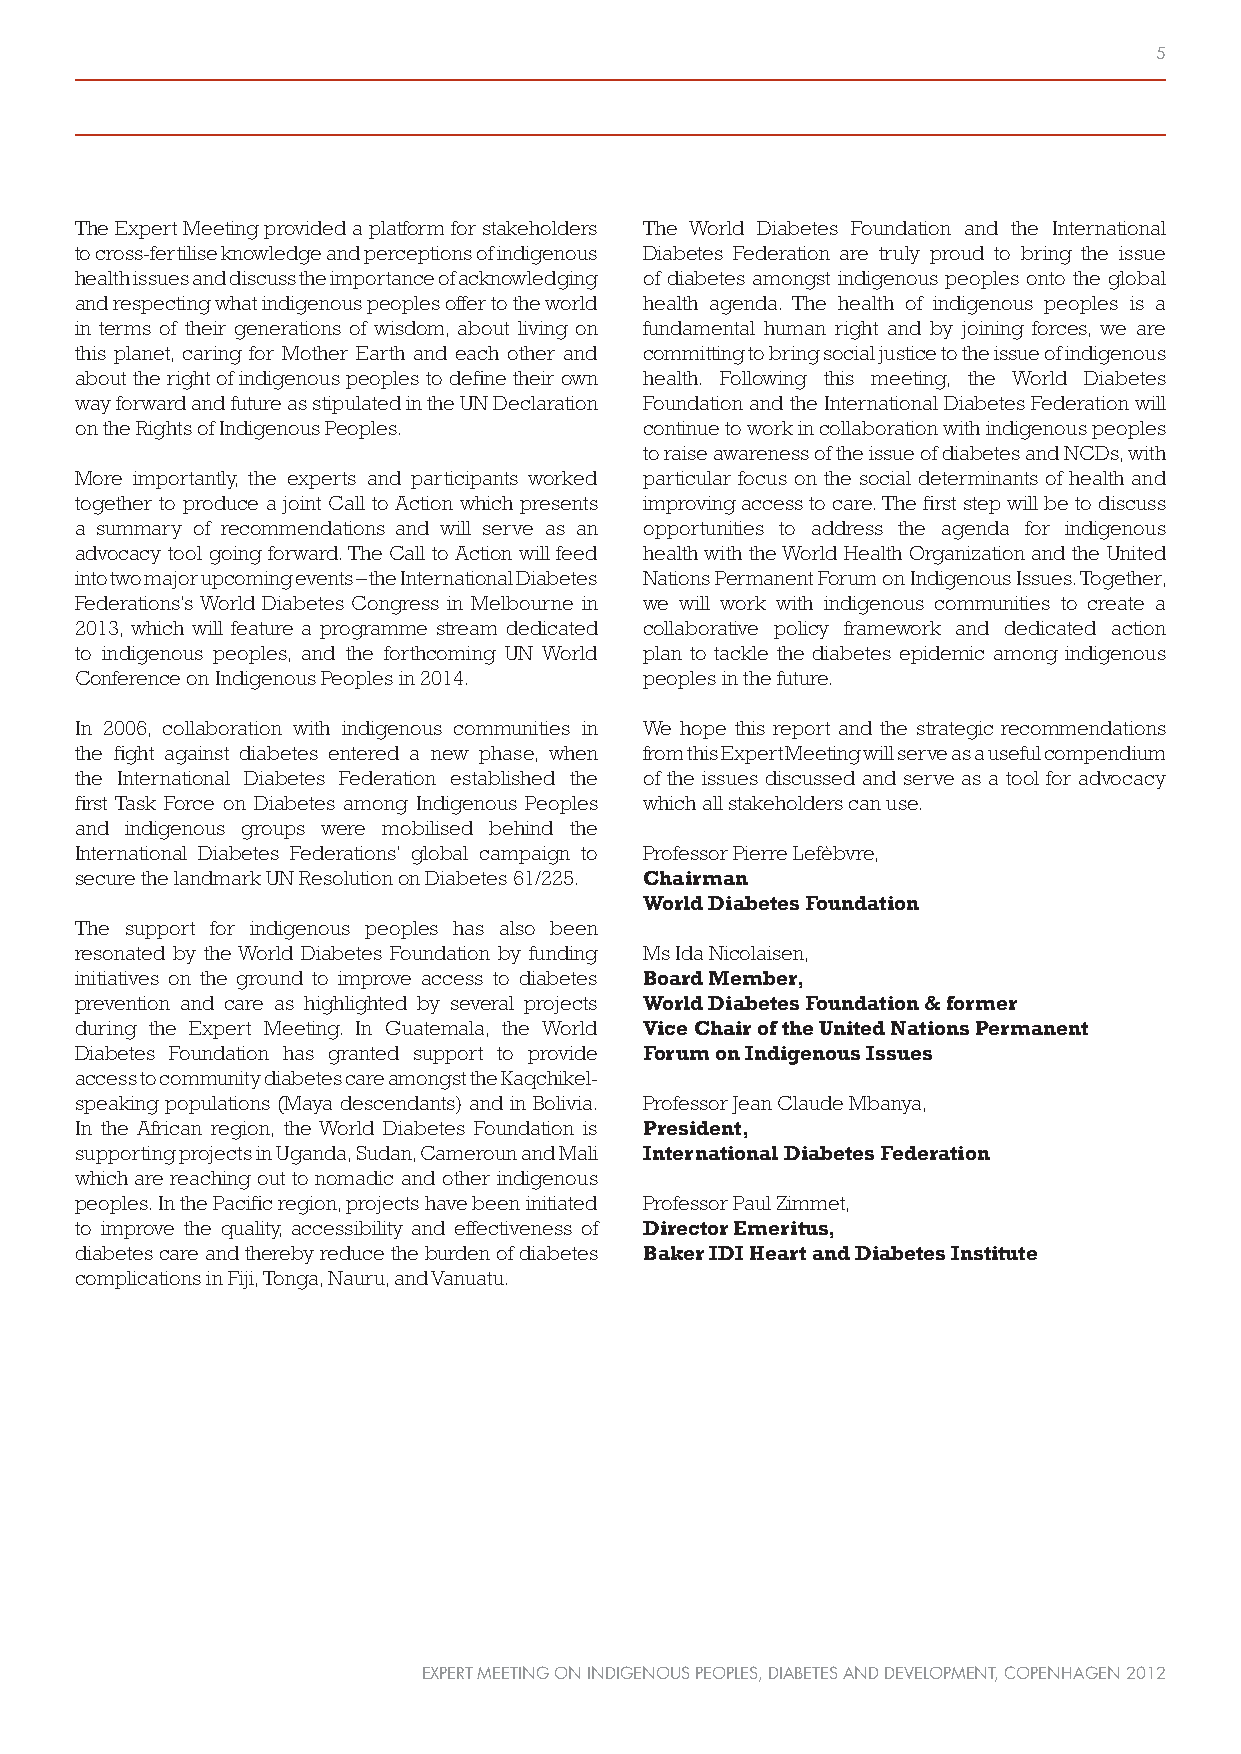
5
 The Expert Meeting provided a platform for stakeholders The World Diabetes Foundation and the International
 to cross-fertilise knowledge and perceptions of indigenous Diabetes Federation are truly proud to bring the issue
 health issues and discuss the importance of acknowledging of diabetes amongst indigenous peoples onto the global
 and respecting what indigenous peoples offer to the world health agenda. The health of indigenous peoples is a
 in terms of their generations of wisdom, about living on fundamental human right and by joining forces, we are
 this planet, caring for Mother Earth and each other and committing to bring social justice to the issue of indigenous
 about the right of indigenous peoples to define their own health. Following this meeting, the World Diabetes
 way forward and future as stipulated in the UN Declaration Foundation and the International Diabetes Federation will
 on the Rights of Indigenous Peoples.  continue to work in collaboration with indigenous peoples
 to raise awareness of the issue of diabetes and NCDs, with
 More importantly, the experts and participants worked particular focus on the social determinants of health and
 together to produce a joint Call to Action which presents improving access to care. The first step will be to discuss
 a summary of recommendations and will serve as an opportunities to address the agenda for indigenous
 advocacy tool going forward. The Call to Action will feed health with the World Health Organization and the United
 into two major upcoming events – the International Diabetes Nations Permanent Forum on Indigenous Issues. Together,
 Federations’s World Diabetes Congress in Melbourne in we will work with indigenous communities to create a
 2013, which will feature a programme stream dedicated collaborative policy framework and dedicated action
 to indigenous peoples, and the forthcoming UN World plan to tackle the diabetes epidemic among indigenous
 Conference on Indigenous Peoples in 2014. peoples in the future.
 In 2006, collaboration with indigenous communities in We hope this report and the strategic recommendations
 the fight against diabetes entered a new phase, when from this Expert Meeting will serve as a useful compendium
 the International Diabetes Federation established the of the issues discussed and serve as a tool for advocacy
 first Task Force on Diabetes among Indigenous Peoples which all stakeholders can use.
 and indigenous groups were mobilised behind the
 International Diabetes Federations’ global campaign to Professor Pierre Lefèbvre,
 secure the landmark UN Resolution on Diabetes 61/225. Chairman
 World Diabetes Foundation
 The support for indigenous peoples has also been
 resonated by the World Diabetes Foundation by funding Ms Ida Nicolaisen,
 initiatives on the ground to improve access to diabetes Board Member,
 prevention and care as highlighted by several projects World Diabetes Foundation & former
 during the Expert Meeting. In Guatemala, the World Vice Chair of the United Nations Permanent
 Diabetes Foundation has granted support to provide Forum on Indigenous Issues
 access to community diabetes care amongst the Kaqchikel-
 speaking populations (Maya descendants) and in Bolivia. Professor Jean Claude Mbanya,
 In the African region, the World Diabetes Foundation is President,
 supporting projects in Uganda, Sudan, Cameroun and Mali International Diabetes Federation
 which are reaching out to nomadic and other indigenous
 peoples. In the Pacific region, projects have been initiated Professor Paul Zimmet,
 to improve the quality, accessibility and effectiveness of Director Emeritus,
 diabetes care and thereby reduce the burden of diabetes Baker IDI Heart and Diabetes Institute
 complications in Fiji, Tonga, Nauru, and Vanuatu.
 EXPERT MEETING ON INDIGENOUS PEOPLES, DIABETES AND DEVELOPMENT, COPENHAGEN 2012